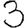
Digit: 3